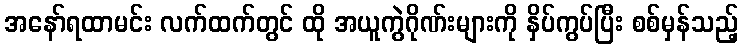
အနော်ရထာမင်း လက်ထက်တွင် ထို အယူကွဲဂိုဏ်းများကို နှိပ်ကွပ်ပြီး စစ်မှန်သည့်